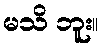
မသိ ဘူး။